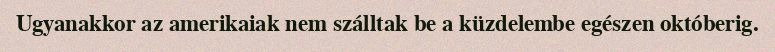
Ugyanakkor az amerikaiak nem szálltak be a küzdelembe egészen októberig.